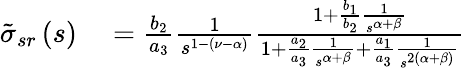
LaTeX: \begin{array}{rl}{\tilde{\sigma}_{sr}\left(s\right)}&{{}=\frac{b_{2}}{a_{3}}\frac{1}{s^{1-\left(\nu-\alpha\right)}}\frac{1+\frac{b_{1}}{b_{2}}\frac{1}{s^{\alpha+\beta}}}{1+\frac{a_{2}}{a_{3}}\frac{1}{s^{\alpha+\beta}}+\frac{a_{1}}{a_{3}}\frac{1}{s^{2\left(\alpha+\beta\right)}}}}\end{array}